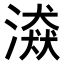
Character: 𣽼